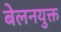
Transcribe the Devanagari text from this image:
बेलनयुक्त